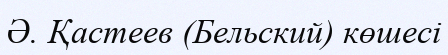
Ә. Қастеев (Бельский) көшесі